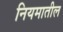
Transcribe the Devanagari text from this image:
नियमातील